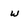
Character: w